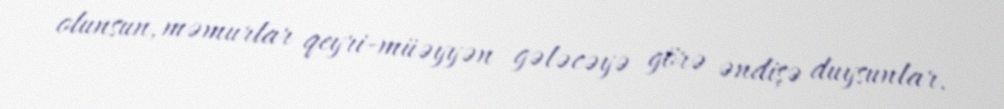
olunsun, məmurlar qeyri-müəyyən gələcəyə görə əndişə duysunlar.